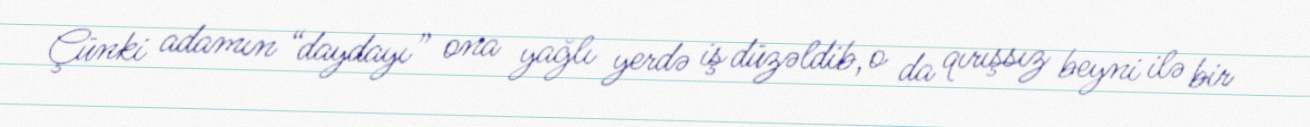
Çünki adamın “daydayı” ona yağlı yerdə iş düzəldib, o da qırışsız beyni ilə bir